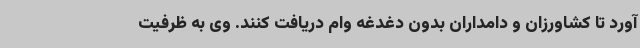
آورد تا کشاورزان و دامداران بدون دغدغه وام دریافت کنند. وی به ظرفیت